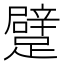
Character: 躄